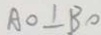
A O \bot B O